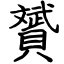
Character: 贇